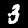
Label: 3